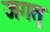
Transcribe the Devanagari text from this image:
जगतृ